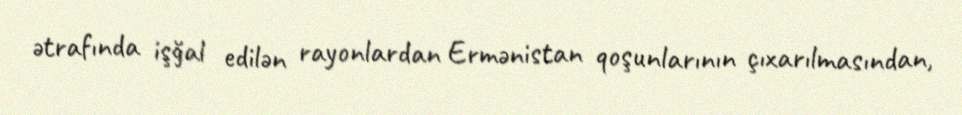
ətrafında işğal edilən rayonlardan Ermənistan qoşunlarının çıxarılmasından,